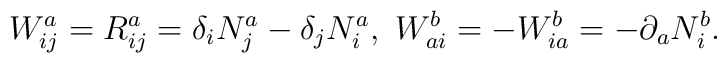
W_{ij}^{a}=R_{ij}^{a}=\delta _{i}N_{j}^{a}-\delta_{j}N_{i}^{a},~W_{ai}^{b}=-W_{ia}^{b}=-\partial _{a}N_{i}^{b}.